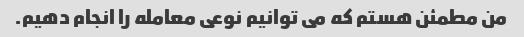
من مطمئن هستم که می توانیم نوعی معامله را انجام دهیم.